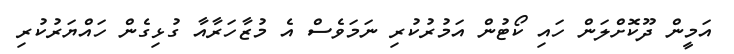
އަމީން ދޫކޮށްލަން ހައި ކޯޓުން އަމުރުކުރި ނަމަވެސް އެ މުޒާހަރާއާ ގުޅިގެން ހައްޔަރުކުރި